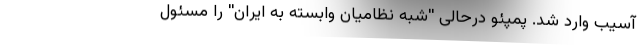
آسیب وارد شد. پمپئو درحالی ''شبه نظامیان وابسته به ایران'' را مسئول